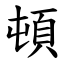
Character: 頓